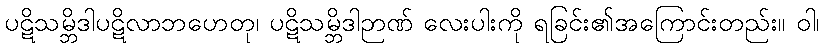
ပဋိသမ္ဘိဒါပဋိလာဘဟေတု၊ ပဋိသမ္ဘိဒါဉာဏ် လေးပါးကို ရခြင်း၏အကြောင်းတည်း။ ဝါ၊